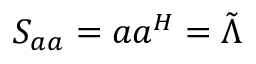
\boldsymbol { S _ { a a } } = \boldsymbol { a } \boldsymbol { a } ^ { H } = \boldsymbol { \tilde { \Lambda } }